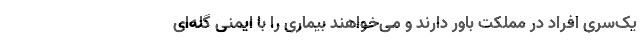
یک‌سری افراد در مملکت باور دارند و می‌خواهند بیماری را با ایمنی گله‌ای